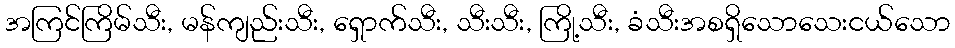
အကြင်ကြိမ်သီး, မန်ကျည်းသီး, ရှောက်သီး, သီးသီး, ကြို့သီး, ခံသီးအစရှိသောသေးငယ်သော